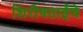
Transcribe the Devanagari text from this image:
शिरीषताईंचे